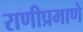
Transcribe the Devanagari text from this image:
राणीप्रमाणे